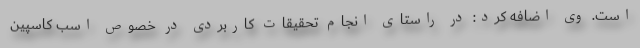
است. وی اضافه کرد: در راستای انجام تحقیقات کاربردی در خصوص اسب کاسپین